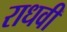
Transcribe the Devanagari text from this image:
राधवी